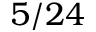
5 / 2 4